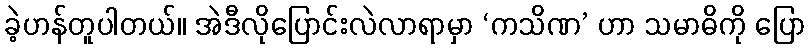
ခဲ့ဟန်တူပါတယ်။ အဲဒီလိုပြောင်းလဲလာရာမှာ ‘ကသိဏ’ ဟာ သမာဓိကို ပြော